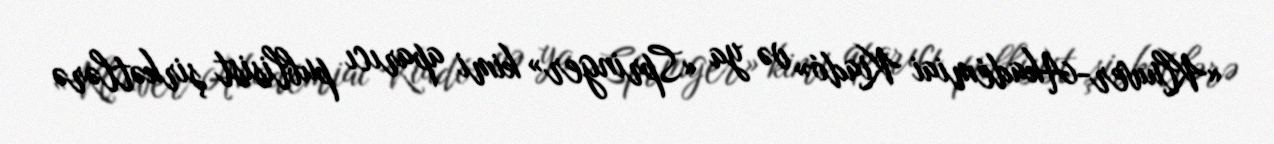
«Kluwer-Akadémiai Kiadó» və ya «Springer» kimi aparıcı publisist şirkətlərə